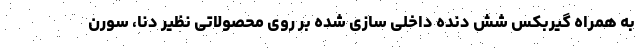
به همراه گیربکس شش دنده داخلی سازی شده بر روی محصولاتی نظیر دنا، سورن